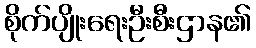
စိုက်ပျိုးရေးဦးစီးဌာန၏